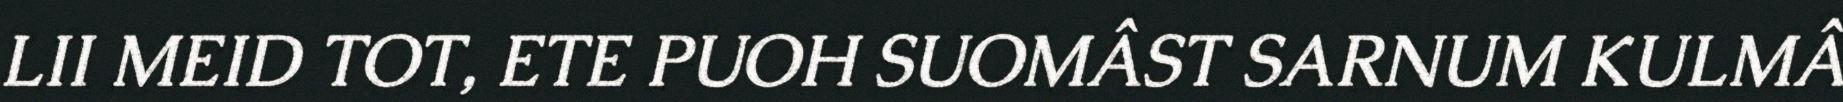
LII MEID TOT, ETE PUOH SUOMÂST SARNUM KULMÂ